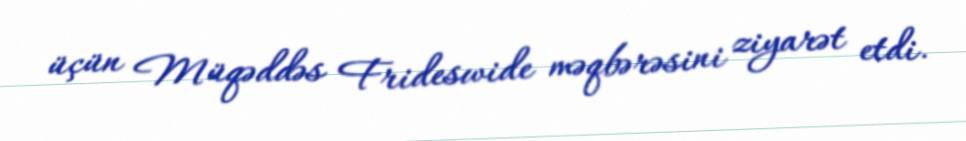
üçün Müqəddəs Frideswide məqbərəsini ziyarət etdi.